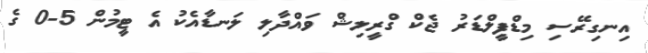
އިނގިރޭސި މިޑްފީލްޑަރު ޖެކް ގްރީލިޝް ވައްދާލި ލަނޑާއެކު އެ ޓީމުން 5-0 ގެ